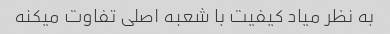
به نظر میاد کیفیت با شعبه اصلی تفاوت میکنه